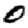
Digit: 0